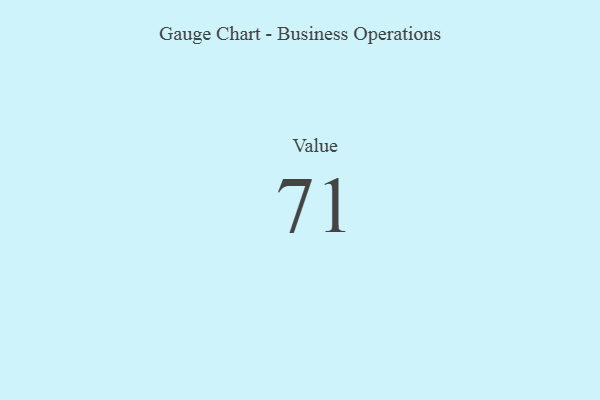
{"axis": {"x": "Metric", "y": "Value"}, "legend": [""], "data": [{"x": "Value", "y": 71, "type": ""}]}